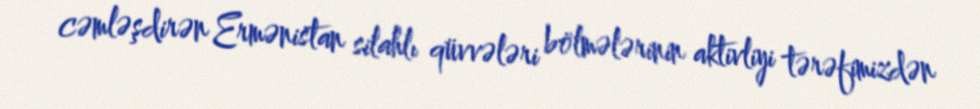
cəmləşdirən Ermənistan silahlı qüvvələri bölmələrinin aktivliyi tərəfimizdən